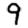
Digit: 9